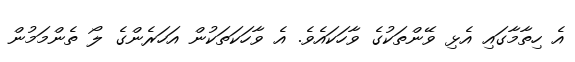
އެ ހިތާމާގައި އެޅި ވޭންތަކުގެ ވާހަކައެވެ. އެ ވާހަކަތަކުން އަހަރެންގެ ލޯ ތެންމަމުން